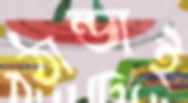
ঠান্ডাই